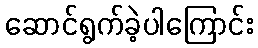
ဆောင်ရွက်ခဲ့ပါကြောင်း